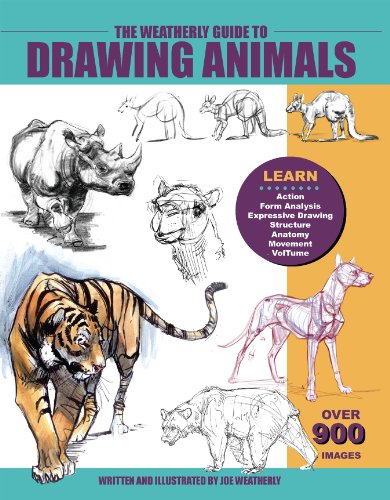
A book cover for The Weatherly Guide to Drawing Animals; Joe Weatherly; Science & Math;